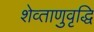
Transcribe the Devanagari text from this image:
शेव्ताणुवृद्धि